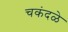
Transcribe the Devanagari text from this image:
चकंदळे